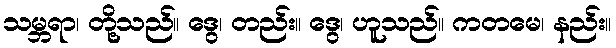
သမ္ဘရာ၊ တို့သည်။ ဒွေ၊ တည်း။ ဒွေ၊ ဟူသည်။ ကတမေ၊ နည်း။